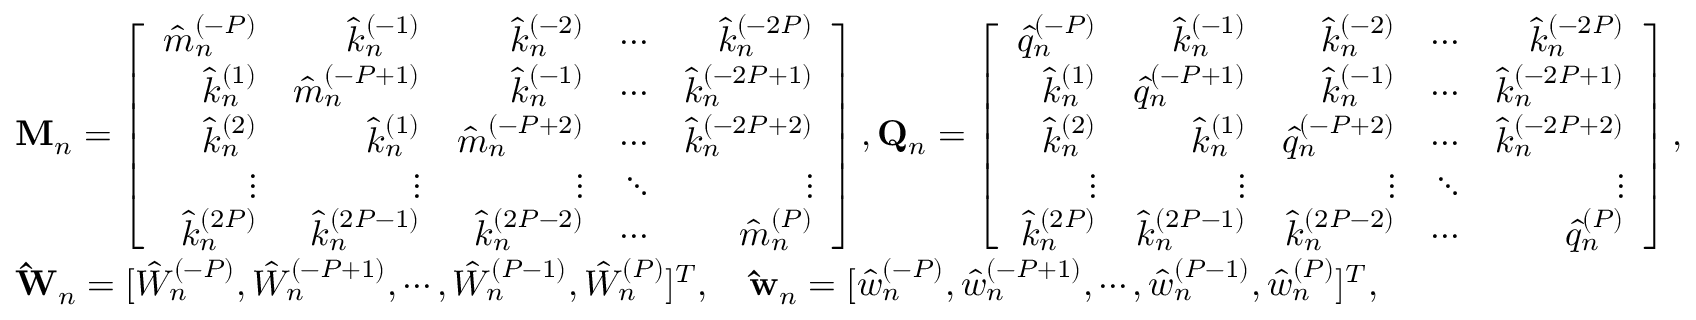
\begin{array} { r l } & { \mathbf { M } _ { n } = \left[ \begin{array} { r r r r r } { \hat { m } _ { n } ^ { ( - P ) } } & { \hat { k } _ { n } ^ { ( - 1 ) } } & { \hat { k } _ { n } ^ { ( - 2 ) } } & { \cdots } & { \hat { k } _ { n } ^ { ( - 2 P ) } } \\ { \hat { k } _ { n } ^ { ( 1 ) } } & { \hat { m } _ { n } ^ { ( - P + 1 ) } } & { \hat { k } _ { n } ^ { ( - 1 ) } } & { \cdots } & { \hat { k } _ { n } ^ { ( - 2 P + 1 ) } } \\ { \hat { k } _ { n } ^ { ( 2 ) } } & { \hat { k } _ { n } ^ { ( 1 ) } } & { \hat { m } _ { n } ^ { ( - P + 2 ) } } & { \cdots } & { \hat { k } _ { n } ^ { ( - 2 P + 2 ) } } \\ { \vdots } & { \vdots } & { \vdots } & { \ddots } & { \vdots } \\ { \hat { k } _ { n } ^ { ( 2 P ) } } & { \hat { k } _ { n } ^ { ( 2 P - 1 ) } } & { \hat { k } _ { n } ^ { ( 2 P - 2 ) } } & { \cdots } & { \hat { m } _ { n } ^ { ( P ) } } \end{array} \right] , \mathbf { Q } _ { n } = \left[ \begin{array} { r r r r r } { \hat { q } _ { n } ^ { ( - P ) } } & { \hat { k } _ { n } ^ { ( - 1 ) } } & { \hat { k } _ { n } ^ { ( - 2 ) } } & { \cdots } & { \hat { k } _ { n } ^ { ( - 2 P ) } } \\ { \hat { k } _ { n } ^ { ( 1 ) } } & { \hat { q } _ { n } ^ { ( - P + 1 ) } } & { \hat { k } _ { n } ^ { ( - 1 ) } } & { \cdots } & { \hat { k } _ { n } ^ { ( - 2 P + 1 ) } } \\ { \hat { k } _ { n } ^ { ( 2 ) } } & { \hat { k } _ { n } ^ { ( 1 ) } } & { \hat { q } _ { n } ^ { ( - P + 2 ) } } & { \cdots } & { \hat { k } _ { n } ^ { ( - 2 P + 2 ) } } \\ { \vdots } & { \vdots } & { \vdots } & { \ddots } & { \vdots } \\ { \hat { k } _ { n } ^ { ( 2 P ) } } & { \hat { k } _ { n } ^ { ( 2 P - 1 ) } } & { \hat { k } _ { n } ^ { ( 2 P - 2 ) } } & { \cdots } & { \hat { q } _ { n } ^ { ( P ) } } \end{array} \right] , } \\ & { \mathbf { \hat { W } } _ { n } = [ \hat { W } _ { n } ^ { ( - P ) } , \hat { W } _ { n } ^ { ( - P + 1 ) } , \cdots , \hat { W } _ { n } ^ { ( P - 1 ) } , \hat { W } _ { n } ^ { ( P ) } ] ^ { T } , \quad \mathbf { \hat { w } } _ { n } = [ \hat { w } _ { n } ^ { ( - P ) } , \hat { w } _ { n } ^ { ( - P + 1 ) } , \cdots , \hat { w } _ { n } ^ { ( P - 1 ) } , \hat { w } _ { n } ^ { ( P ) } ] ^ { T } , } \end{array}